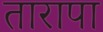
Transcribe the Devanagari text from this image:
तारापा